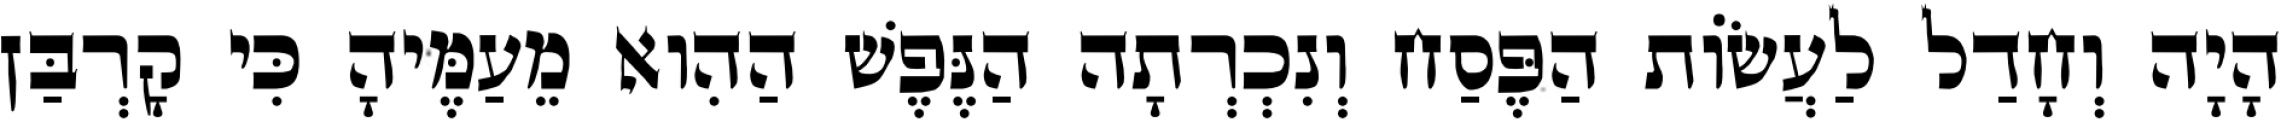
הָיָה וְחָדַל לַעֲשׂוֹת הַפֶּסַח וְנִכְרְתָה הַנֶּפֶשׁ הַהִוא מֵעַמֶּיהָ כִּי קָרְבַּן